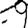
Digit: 9